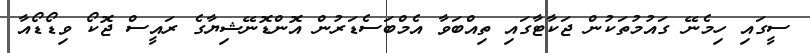
ސީގައި ހިމެނޭ ގައުމުތަކުން ޖަކާޓާގައި ތިއްބަވާ އެމްބަސެޑަރުން އޮންޑޮނޭޝިޔާގެ ރައީސް ޖޮކޯ ވިޑޯޑޯއާ